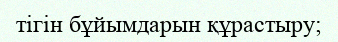
тігін бұйымдарын құрастыру;